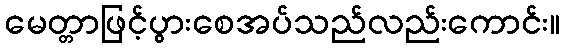
မေတ္တာဖြင့်ပွားစေအပ်သည်လည်းကောင်း။